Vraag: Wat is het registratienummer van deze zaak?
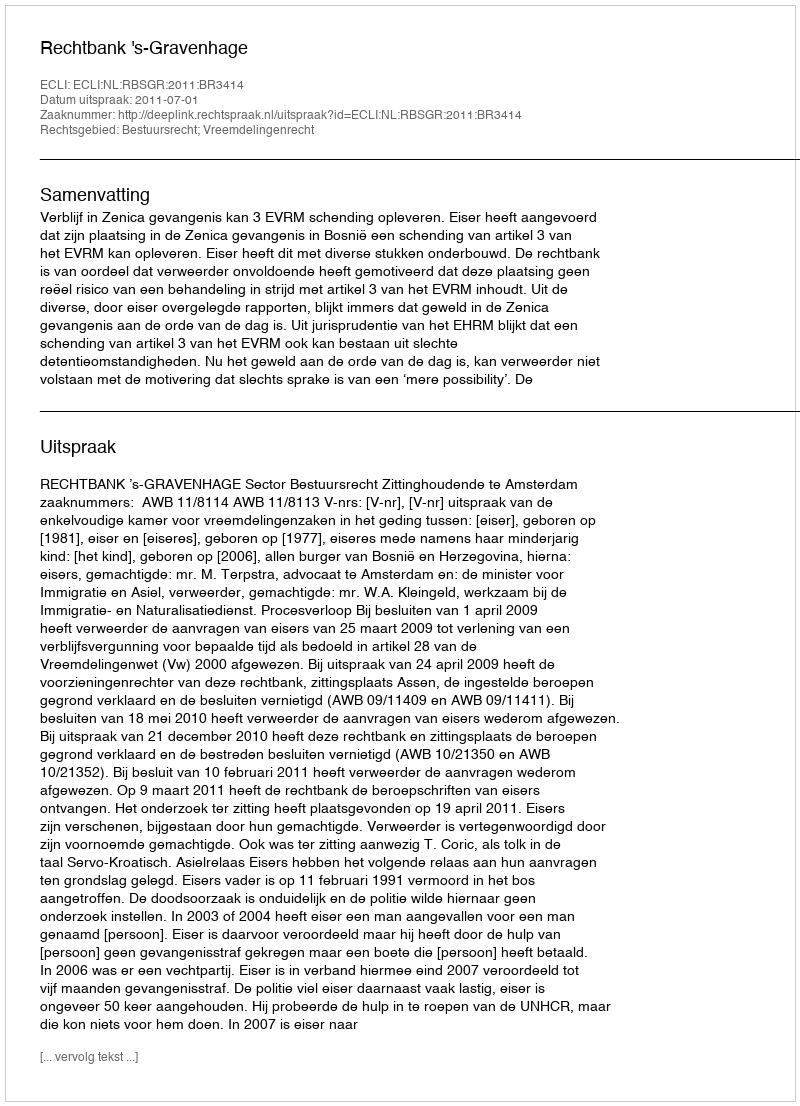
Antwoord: http://deeplink.rechtspraak.nl/uitspraak?id=ECLI:NL:RBSGR:2011:BR3414